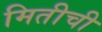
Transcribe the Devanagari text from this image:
मितीची